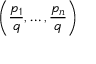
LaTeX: \left( { \frac { p _ { 1 } } { q } } , \ldots , { \frac { p _ { n } } { q } } \right)